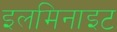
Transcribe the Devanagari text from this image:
इलमिनाइट